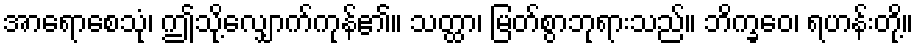
အာရောစေသုံ၊ ဤသို့လျှောက်ကုန်၏။ သတ္ထာ၊ မြတ်စွာဘုရားသည်။ ဘိက္ခဝေ၊ ရဟန်းတို့။